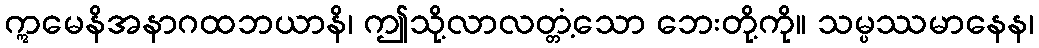
ဣမေနိအနာဂထဘယာနိ၊ ဤသို့လာလတ္တံ့သော ဘေးတို့ကို။ သမ္ပဿမာနေန၊